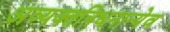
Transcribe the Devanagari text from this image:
अव्यक्तनिधनान्येव